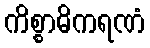
ကိစ္စာဓိကရဏံ